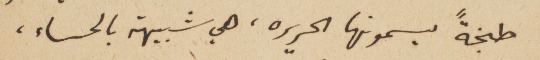
طبخةً يسمونها الحريره، هي شبيهة بالحساء،